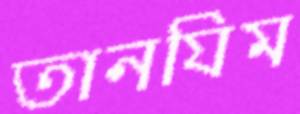
তানযিম